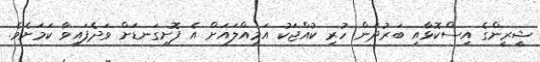
ޝީރީންގެ އިސްކޮޅާއި ބަރުދަން ހުރި ކުއްޖަކު އަމިއްލައަށް އެ ފޮށިގަނޑަށް ވަދެފައިވާ ކަމަށެވެ.